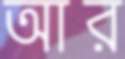
আর